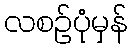
လစဉ်ပုံမှန်